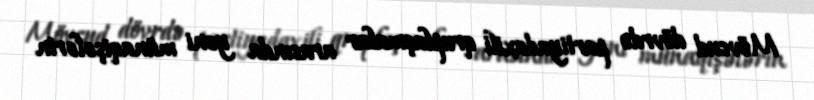
Mövcud dövrdə partiyadaxili qruplaşmalar arasında yeni münaqişələrin